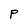
Character: P